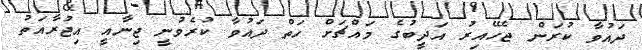
ދައުވާ ކުރަން ޖެހޭއިރު އަދީބުގެ މައްޗަށް ހަތް ދައުވާ ކުރެވުނީ ޖިނާއީ އިޖުރާއަތު